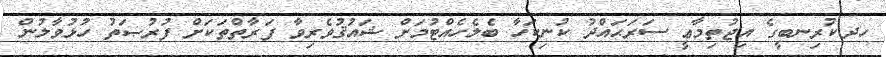
ހދ.ކުރިނބީގެ އިޖުތިމާޢީ ސަރަޙައްދު ކުނިކަހާ ބެލެހެއްޓުމަށް ޝައުޤުވެރިވާ ފަރާތްތަކަށް ފުރުޞަތު ހުޅުވާލުން